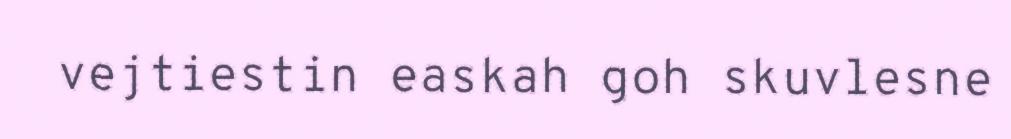
vejtiestin easkah goh skuvlesne